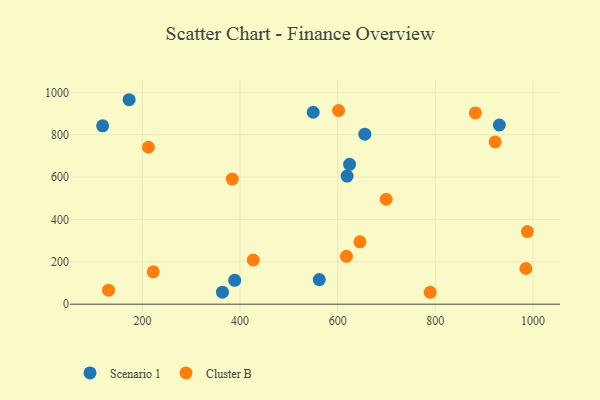
{"axis": {"x": "Investment", "y": "Fuel Efficiency"}, "legend": ["Cluster B", "Scenario 1"], "data": [{"x": "619.3", "y": 604.7, "type": "Scenario 1"}, {"x": "931.2", "y": 845.8, "type": "Scenario 1"}, {"x": "562.3", "y": 116.4, "type": "Scenario 1"}, {"x": "624.3", "y": 660.0, "type": "Scenario 1"}, {"x": "389.1", "y": 112.6, "type": "Scenario 1"}, {"x": "549.9", "y": 906.0, "type": "Scenario 1"}, {"x": "118.5", "y": 842.1, "type": "Scenario 1"}, {"x": "172.8", "y": 965.1, "type": "Scenario 1"}, {"x": "364.0", "y": 56.7, "type": "Scenario 1"}, {"x": "655.6", "y": 802.6, "type": "Scenario 1"}, {"x": "222.1", "y": 152.6, "type": "Cluster B"}, {"x": "988.6", "y": 343.0, "type": "Cluster B"}, {"x": "130.6", "y": 66.1, "type": "Cluster B"}, {"x": "645.6", "y": 294.2, "type": "Cluster B"}, {"x": "882.1", "y": 902.9, "type": "Cluster B"}, {"x": "922.6", "y": 765.8, "type": "Cluster B"}, {"x": "212.4", "y": 740.7, "type": "Cluster B"}, {"x": "699.4", "y": 495.3, "type": "Cluster B"}, {"x": "985.5", "y": 168.5, "type": "Cluster B"}, {"x": "618.0", "y": 225.9, "type": "Cluster B"}, {"x": "789.5", "y": 56.3, "type": "Cluster B"}, {"x": "427.1", "y": 208.6, "type": "Cluster B"}, {"x": "601.9", "y": 914.3, "type": "Cluster B"}, {"x": "384.1", "y": 590.5, "type": "Cluster B"}]}